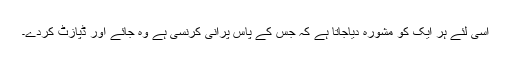
اسی لئے ہر ایک کو مشورہ دیاجاتا ہے کہ جس کے پاس پرانی کرنسی ہے وہ جائے اور ڈپازٹ کردے۔